Report of the Indian Hemp Drugs Commission, 1894-1895 - Volume V
Year: 1894
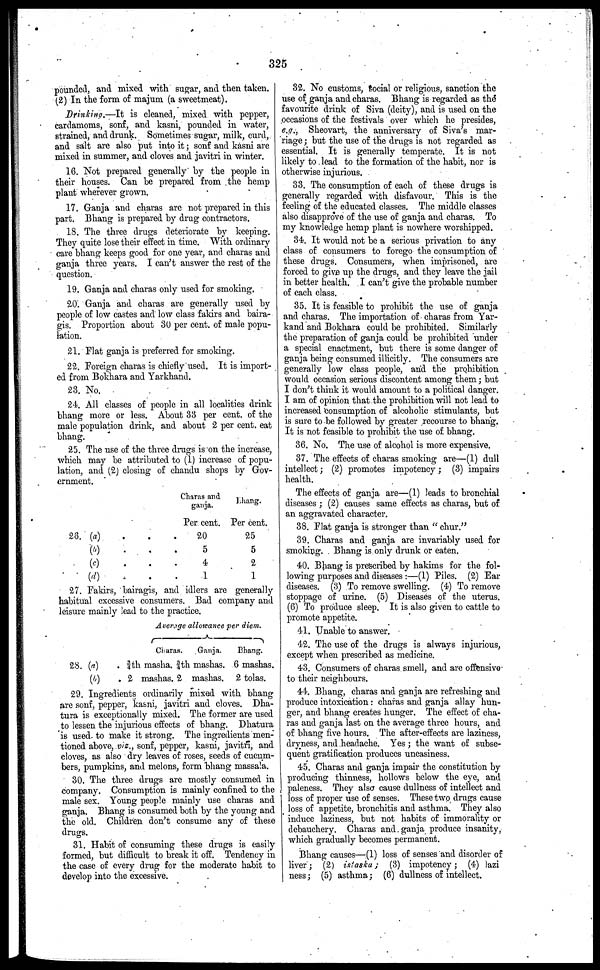
325
pounded, and mixed with sugar, and then taken.
(2) In the form of majum (a sweetmeat).
Drinkino.—It is cleaned, mixed with pepper,
cardamoms, sonf, and kasni, pounded in water,
strained, and drunk. Sometimes sugar, milk, curd,
and salt are also put into it; sonf and kasni are
mixed in summer, and cloves and javitri in winter.
16. Not prepared generally by the people in
their houses. Can be prepared from the hemp
plant wherever grown.
17. Ganja and charas are not prepared in this
part. Bhang is prepared by drug contractors.
18. The three drugs deteriorate by keeping.
They quite lose their effect in time. With ordinary
care bhang keeps good for one year, and charas and
ganja three years. I can't answer the rest of the
question.
19. Ganja and charas only used for smoking.
20. Ganja and charas are generally used by
people of low castes and low class fakirs and baira-
gis. Proportion about 30 per cent. of male popu-
lation.
21. Flat ganja is preferred for smoking.
22. Foreign charas is chiefly used. It is import-
ed from Bokhara and Yarkhand.
23. No.
24. All classes of people in all localities drink
bhang more or less. About 33 per cent. of the
male population drink, and about 2 per cent. eat
bhang.
25. The use of the three drugs is on the increase,
which may be attributed to (1) increase of popu-
lation, and (2) closing of chandu shops by Gov-
ernment.
28. (a)
.
.
.
(b)
.
.
.
(c)
.
.
.
(d)
.
. .
Charas and
ganja.
Per cent.
20
5
4
1
bhang.
Per cent.
25
5
2
1
27. Fakirs, bairagis, and idlers are generally
habitual excessive consumers. Bad company and
leisure mainly lead to the practice.
28. (a) .
(b)
.
Average allowance per diem.
Charas.
3/4th masha. 3/4th
2 mashas. 2
Ganja.
mashas.
mashas.
Bhang.
6 mashas.
2 tolas.
29. Ingredients ordinarily mixed with bhang
are sonf, pepper, kasni, javitri and cloves. Dha-
tura is exceptionally mixed. The former are used
to lessen the injurious effects of bhang. Dhatura
is used to make it strong. The ingredients men-
tioned above, viz., sonf, pepper, kasni, javitri, and
cloves, as also dry leaves of roses, seeds of cucum-
bers, pumpkins, and melons, form bhang massala.
30. The three drugs are mostly consumed in
company. Consumption is mainly confined to the
male sex. Young people mainly use charas and
ganja. Bhang is consumed both by the young and
the old. Children don't consume any of these
drugs.
31. Habit of consuming these drugs is easily
formed, but difficult to break it off. Tendency in
the case of every drug for the moderate habit to
develop into the excessive.
32. No customs, social or religious, sanction the
use of ganja and charas. Bhang is regarded as the
favourite drink of Siva (deity), and is used on the
occasions of the festivals over which he presides,
e.g., Sheovart, the anniversary of Siva's mar-
riage; but the use of the drugs is not regarded as
essential. It is generally temperate. It is not
likely to lead to the formation of the habit, nor is
otherwise injurious.
33. The consumption of each of these drugs is
generally regarded with disfavour. This is the
feeling of the educated classes. The middle classes
also disapprove of the use of ganja and charas. To
my knowledge hemp plant is nowhere worshipped.
34. It would not be a serious privation to any
class of consumers to forego the consumption of
these drugs. Consumers, when imprisoned, are
forced to give up the drugs, and they leave the jail
in better health. I can't give the probable number
of each class.
35. It is feasible to prohibit the use of ganja
and charas. The importation of charas from Yar-
kand and Bokhara could be prohibited. Similarly
the preparation of ganja could be prohibited under
a special enactment, but there is some danger of
ganja being consumed illicitly. The consumers are
generally low class people, and the prohibition
would occasion serious discontent among them; but
I don't think it would amount to a political danger.
I am of opinion that the prohibition will not lead to
increased consumption of alcoholic stimulants, but
is sure to be followed by greater recourse to bhang.
It is not feasible to prohibit the use of bhang.
36. No. The use of alcohol is more expensive.
37. The effects of charas smoking are—(1) dull
intellect; (2) promotes impotency; (3) impairs
health.
The effects of ganja are—(1) leads to bronchial
diseases; (2) causes same effects as charas, but of
an aggravated character.
38. Flat ganja is stronger than "chur."
39. Charas and ganja are invariably used for
smoking. Bhang is only drunk or eaten.
40. Bhang is prescribed by hakims for the fol-
lowing purposes and diseases:—(1) Piles. (2) Ear
diseases. (3) To remove swelling. (4) To remove
stoppage of urine. (5) Diseases of the uterus.
(6) To produce sleep. It is also given to cattle to
promote appetite.
41. Unable to answer.
42. The use of the drugs is always injurious,
except when prescribed as medicine.
43. Consumers of charas smell, and are offensive-
to their neighbours.
44. Bhang, charas and ganja are refreshing and
produce intoxication: charas and ganja allay hun-
ger, and bhang creates hunger. The effect of cha-
ras and ganja last on the average three hours, and
of bhang five hours. The after-effects are laziness,
dryness, and headache. Yes; the want of subse-
quent gratification produces uneasiness.
45. Charas and ganja impair the constitution by
producing thinness, hollows below the eye, and
paleness. They also cause dullness of intellect and
loss of proper use of senses. These two drugs cause
loss of appetite, bronchitis and asthma. They also
induce laziness, but not habits of immorality or
debauchery. Charas and. ganja produce insanity,
which gradually becomes permanent.
Bhang causes—(1) loss of senses and disorder of
liver; (2) istaska;
(3) impotency; (4) lazi
ness; (5) asthma; (6) dullness of intellect.